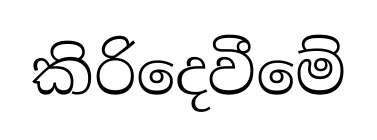
කිරිදෙවීමේ